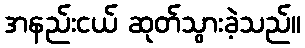
အနည်းငယ် ဆုတ်သွားခဲ့သည်။